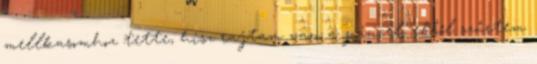
mellkasomhoz tette, hisz rajtam van a páncél, ebből szűrtem